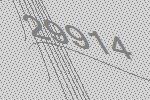
29914